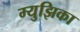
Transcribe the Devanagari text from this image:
म्युझिका